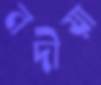
নদীয়া